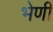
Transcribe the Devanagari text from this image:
भेणी